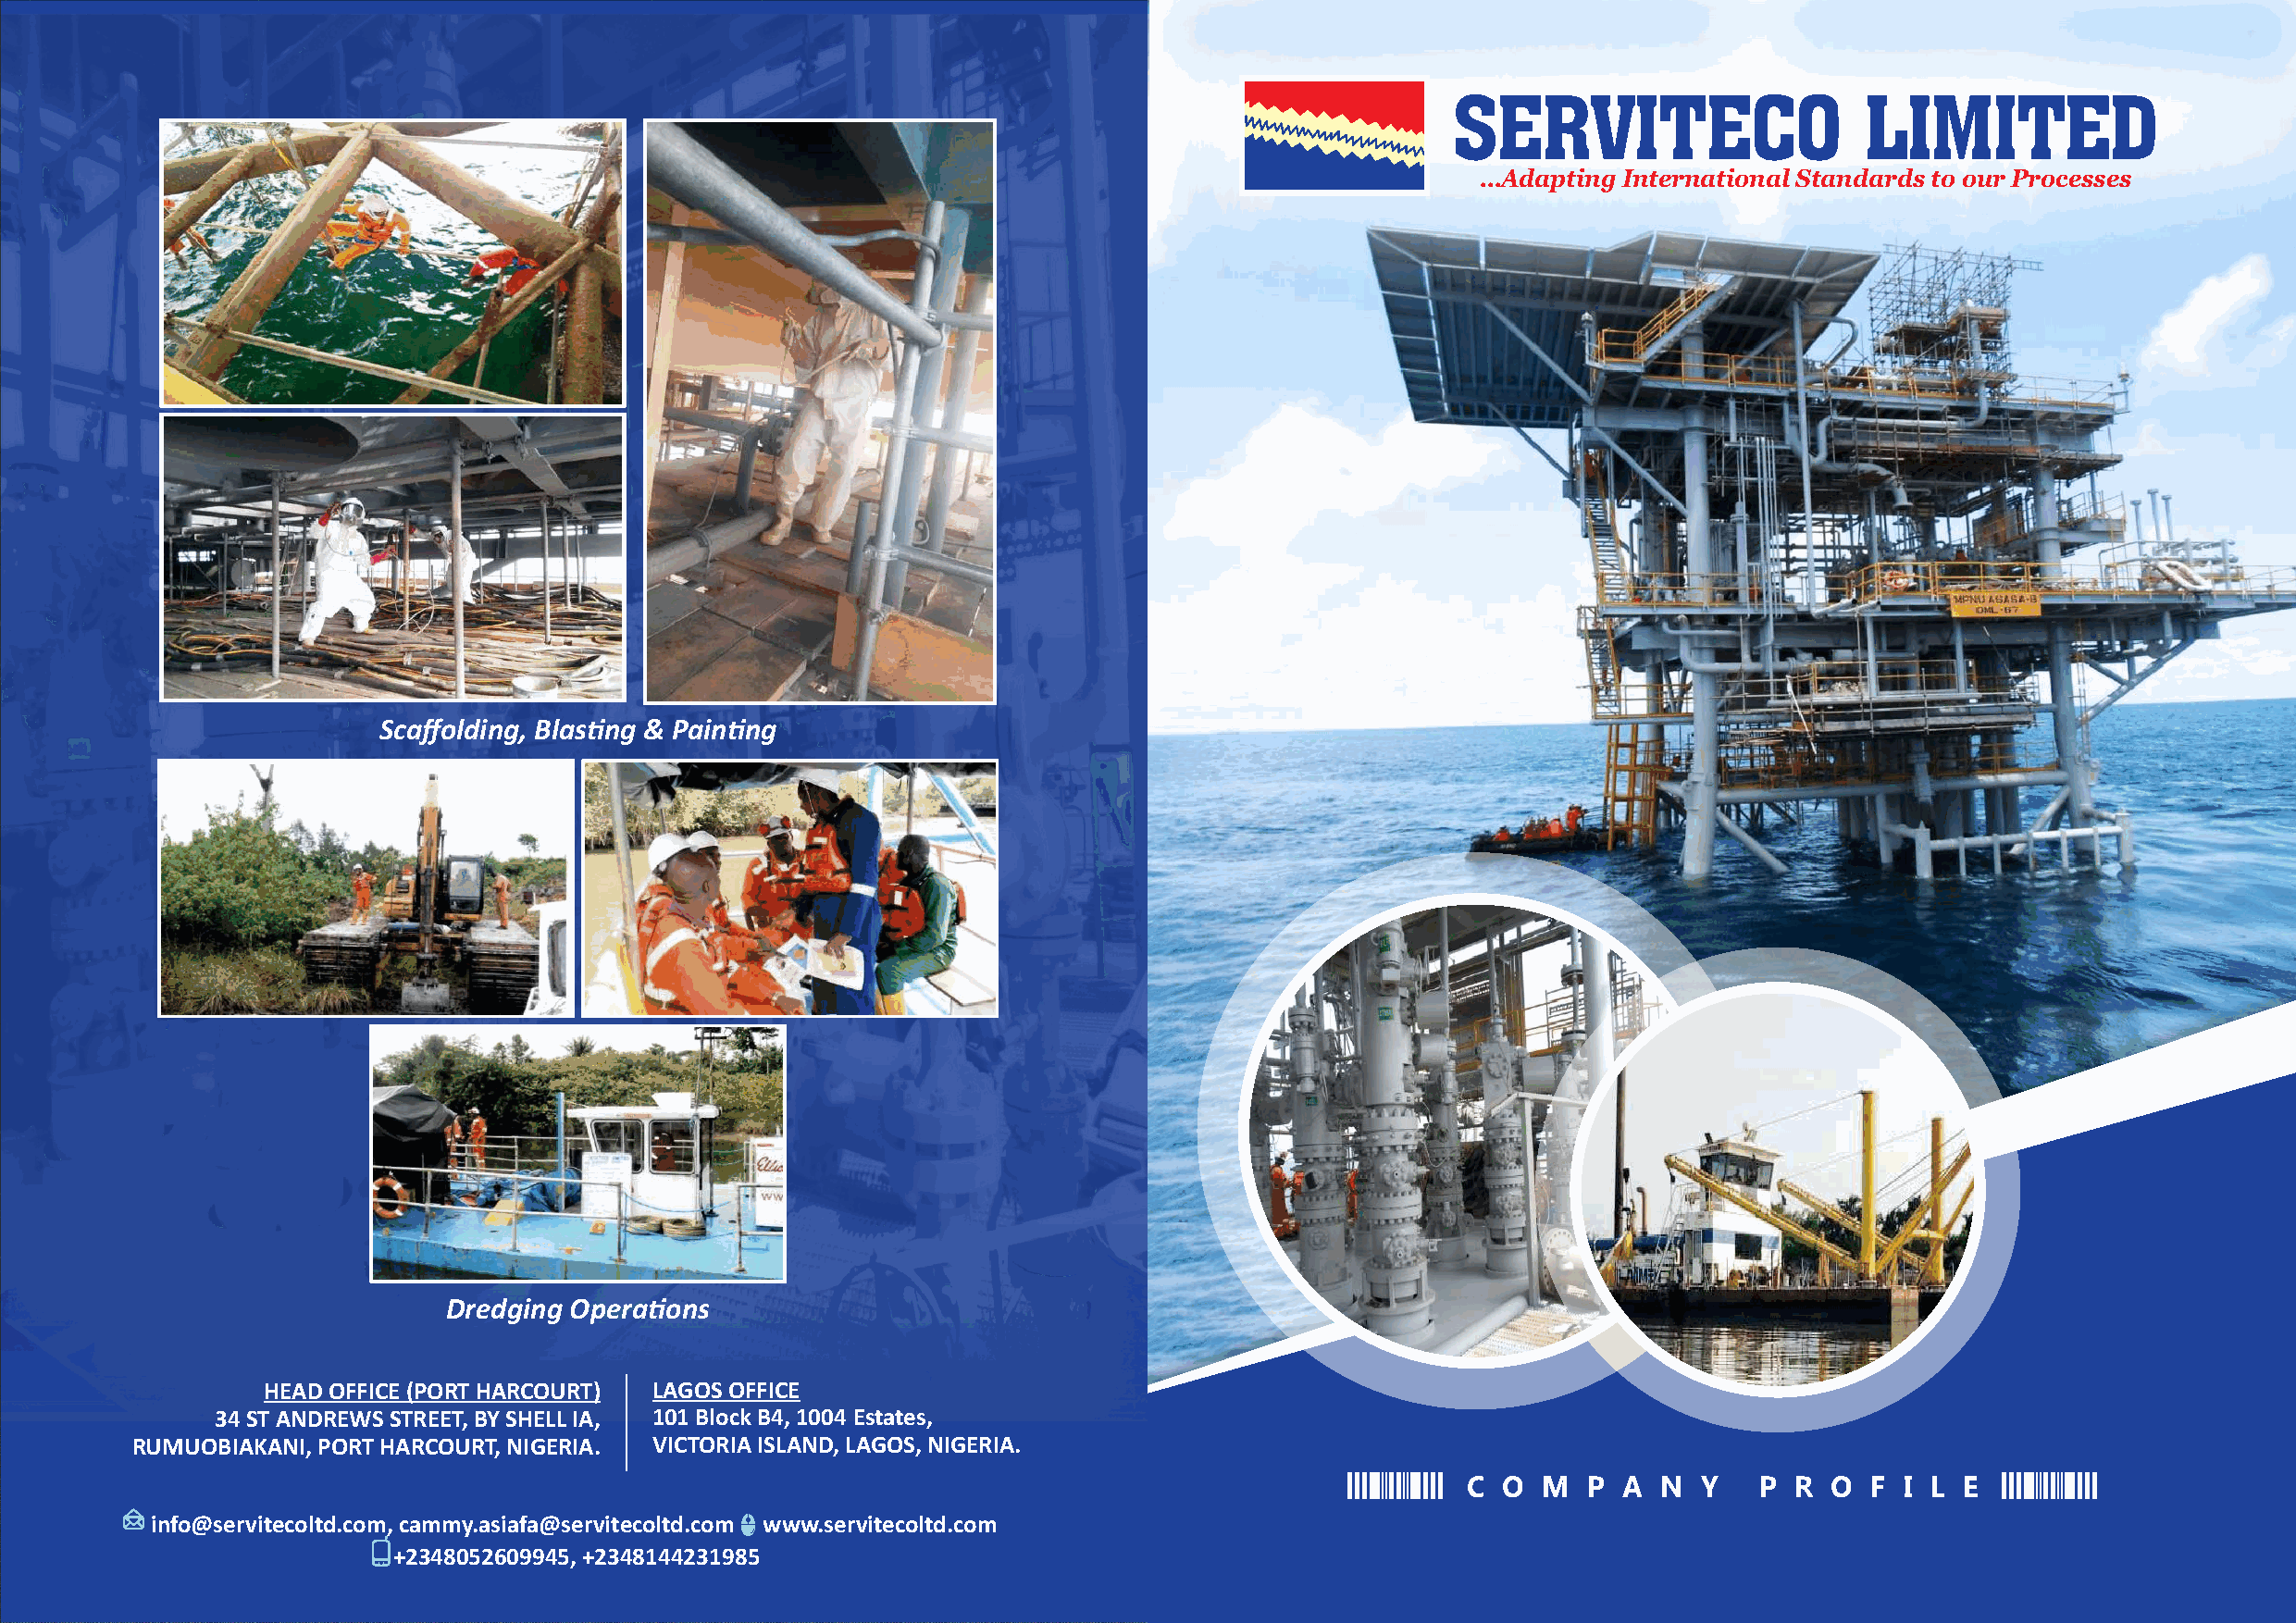
SERVITECO                    LIMITED
 …Adapting International Standards to our Processes
 Scaffolding, Blasng & Painng
 Dredging Operaons
 HEAD OFFICE (PORT HARCOURT) LAGOS OFFICE
 34 ST ANDREWS STREET, BY SHELL IA, 101 Block B4, 1004 Estates,
 RUMUOBIAKANI, PORT HARCOURT, NIGERIA. VICTORIA ISLAND, LAGOS, NIGERIA.
 C O  M   P A  N  Y   P R  O  F I L E
 info@servitecoltd.com, cammy.asiafa@servitecoltd.com www.servitecoltd.com
 +2348052609945, +2348144231985